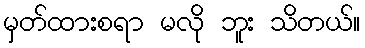
မှတ်ထားစရာ မလို ဘူး သိတယ်။